Indian journal of veterinary science and animal husbandry - Volumes 15-17, 1948-1951
Year: 1948
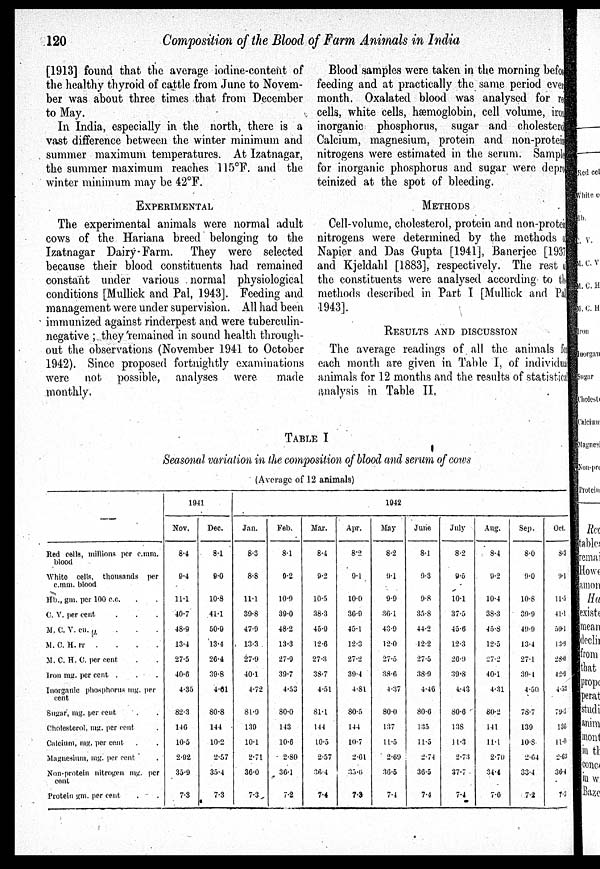
120
Composition of the Blood of Farm Animals in India
[1913] found that the average iodine-content of
the healthy thyroid of cattle from June to Novem-
ber was about three times that from December
to May.
In India, especially in the north, there is a
vast difference between the winter minimum and
summer maximum temperatures. At Izatnagar,
the summer maximum reaches 115ºF. and the
winter minimum may be 42ºF.
EXPERIMENTAL
The experimental animals were normal adult
cows of the Hariana breed belonging to the
Izatnagar Dairy-Farm. They were selected
because their blood constituents had remained
constant under various normal physiological
conditions [Mullick and Pal, 1943]. Feeding and
management were under supervision. All had been
immunized against rinderpest and were tuberculin-
negative; they remained in sound health through-
out the observations (November 1941 to October
1942). Since proposed fortnightly examinations
were not possible, analyses were
made
monthly.
Blood samples were taken in the morning before
feeding and at practically the same period even
month. Oxalated blood was analysed for re
cells, white cells, hæmoglobin, cell volume, iron
inorganic phosphorus, sugar and cholesterol
Calcium, magnesium, protein and non-protein
nitrogens were estimated in the serum. Samples
for inorganic phosphorus and sugar were depro
teinized at the spot of bleeding.
METHODS
Cell-volume, cholesterol, protein and non-protein
nitrogens were determined by the methods
Napier and Das Gupta [1941], Banerjee [1937
and Kjeldahl [1883], respectively. The rest
the constituents were analysed according to the
methods described in Part I [Mullick and Pal
1943].
RESULTS AND DISCUSSION
The average readings of all the animals for
each month are given in Table I, of individual
animals for 12 months and the results of statistical
analysis in Table II.
TABLE I
Seasonal variation in the composition of blood and serum of cows
(Average of 12 animals)
Red cells, millions per c.mm.
blood
White cells, thousands per
c.mm. blood
Hb., gm. per 100 c.c. . .
C. V. per cent . . .
M. C. V. en.µ . . .
M. C. H.
rr
.
.
.
.
M. C. H. C. per cent . .
Iron mg. per cent . . .
Inorganic phosphorus mg. per
cent
Sugar, mg. per cent . .
Cholesterol, mg. per cent .
Calcium, mg. per cent . .
Magnesium, mg. per cent .
Non-protein nitrogen mg. per
cent
Protein gm. per cent . .
1941
Nov.
8.4
9.4
11.1
40.7
48.9
13.4
27.5
40.6
4.35
82.3
146
10.5
2.92
35.9
7.3
Dec.
8.1
9.0
10.8
41.1
50.9
13.4
26.4
39.8
4.61
80.8
144
10.2
2.57
35.4
7.3
1942
Jan.
8.3
8.8
11.1
39.8
47.9
13.3
27.9
40.1
4.72
81.9
139
10.1
2.71
36.0
7.3
Feb.
8.1
9.2
10.9
39.0
48.2
13.3
27.9
39.7
4.53
80.0
143
10.6
2.80
36.1
7.2
Mar.
8.4
9.2
10.5
38.3
45.9
12.6
27.3
38.7
4.51
81.1
144
10.5
2.57
36.4
7.4
Apr.
8.2
9.1
10.0
36.9
45.1
12.3
27.2
39.4
4.81
80.5
144
10.7
2.61
35.6
7.3
May
8.2
9.1
9.9
36.1
43.9
12.0
27.5
38.0
4.37
80.0
137
11.5
2.69
36.5
7.4
June
8.1
9.3
9.8
35.8
44.2
12.2
27.5
38.9
4.46
80.6
135
11.5
2.74
36.5
7.4
July
8.2
9.5
10.1
37.5
45.6
12.3
26.9
39.8
4.43
80.6
138
11.3
2.73
37.7
7.4
Aug.
8.4
9.2
10.4
38.3
45.8
12.5
27.2
40.1
4.31
80.2
141
11.1
2.70
34.4
7.6
Sep.
8.0
9.0
10.8
39.9
49.9
13.4
27.1
39.4
4.50
78.7
139
10.8
2.64
33.4
7.2
Oct.
8.3
9.1
11.5
41.1
50.1
13.9
28.0
42.9
4.53
79.3
136
11.0
2.63
36.4
7.3